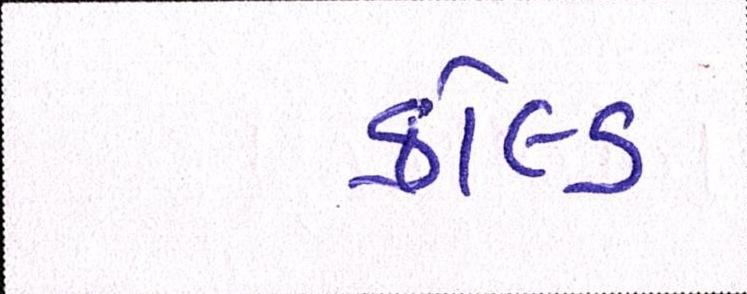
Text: કોલ્ડ